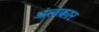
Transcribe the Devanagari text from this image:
अंलकार